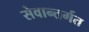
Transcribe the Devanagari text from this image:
सेवान्तर्गत